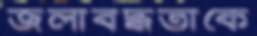
জলাবদ্ধতাকে